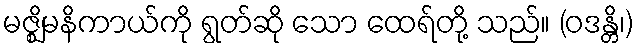
မဇ္ဈိမနိကာယ်ကို ရွတ်ဆို သော ထေရ်တို့ သည်။ (ဝဒန္တိ၊)